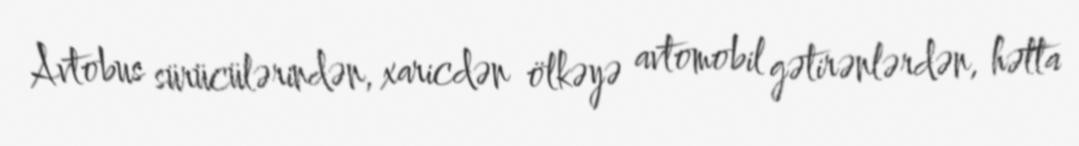
Avtobus sürücülərindən, xaricdən ölkəyə avtomobil gətirənlərdən, hətta